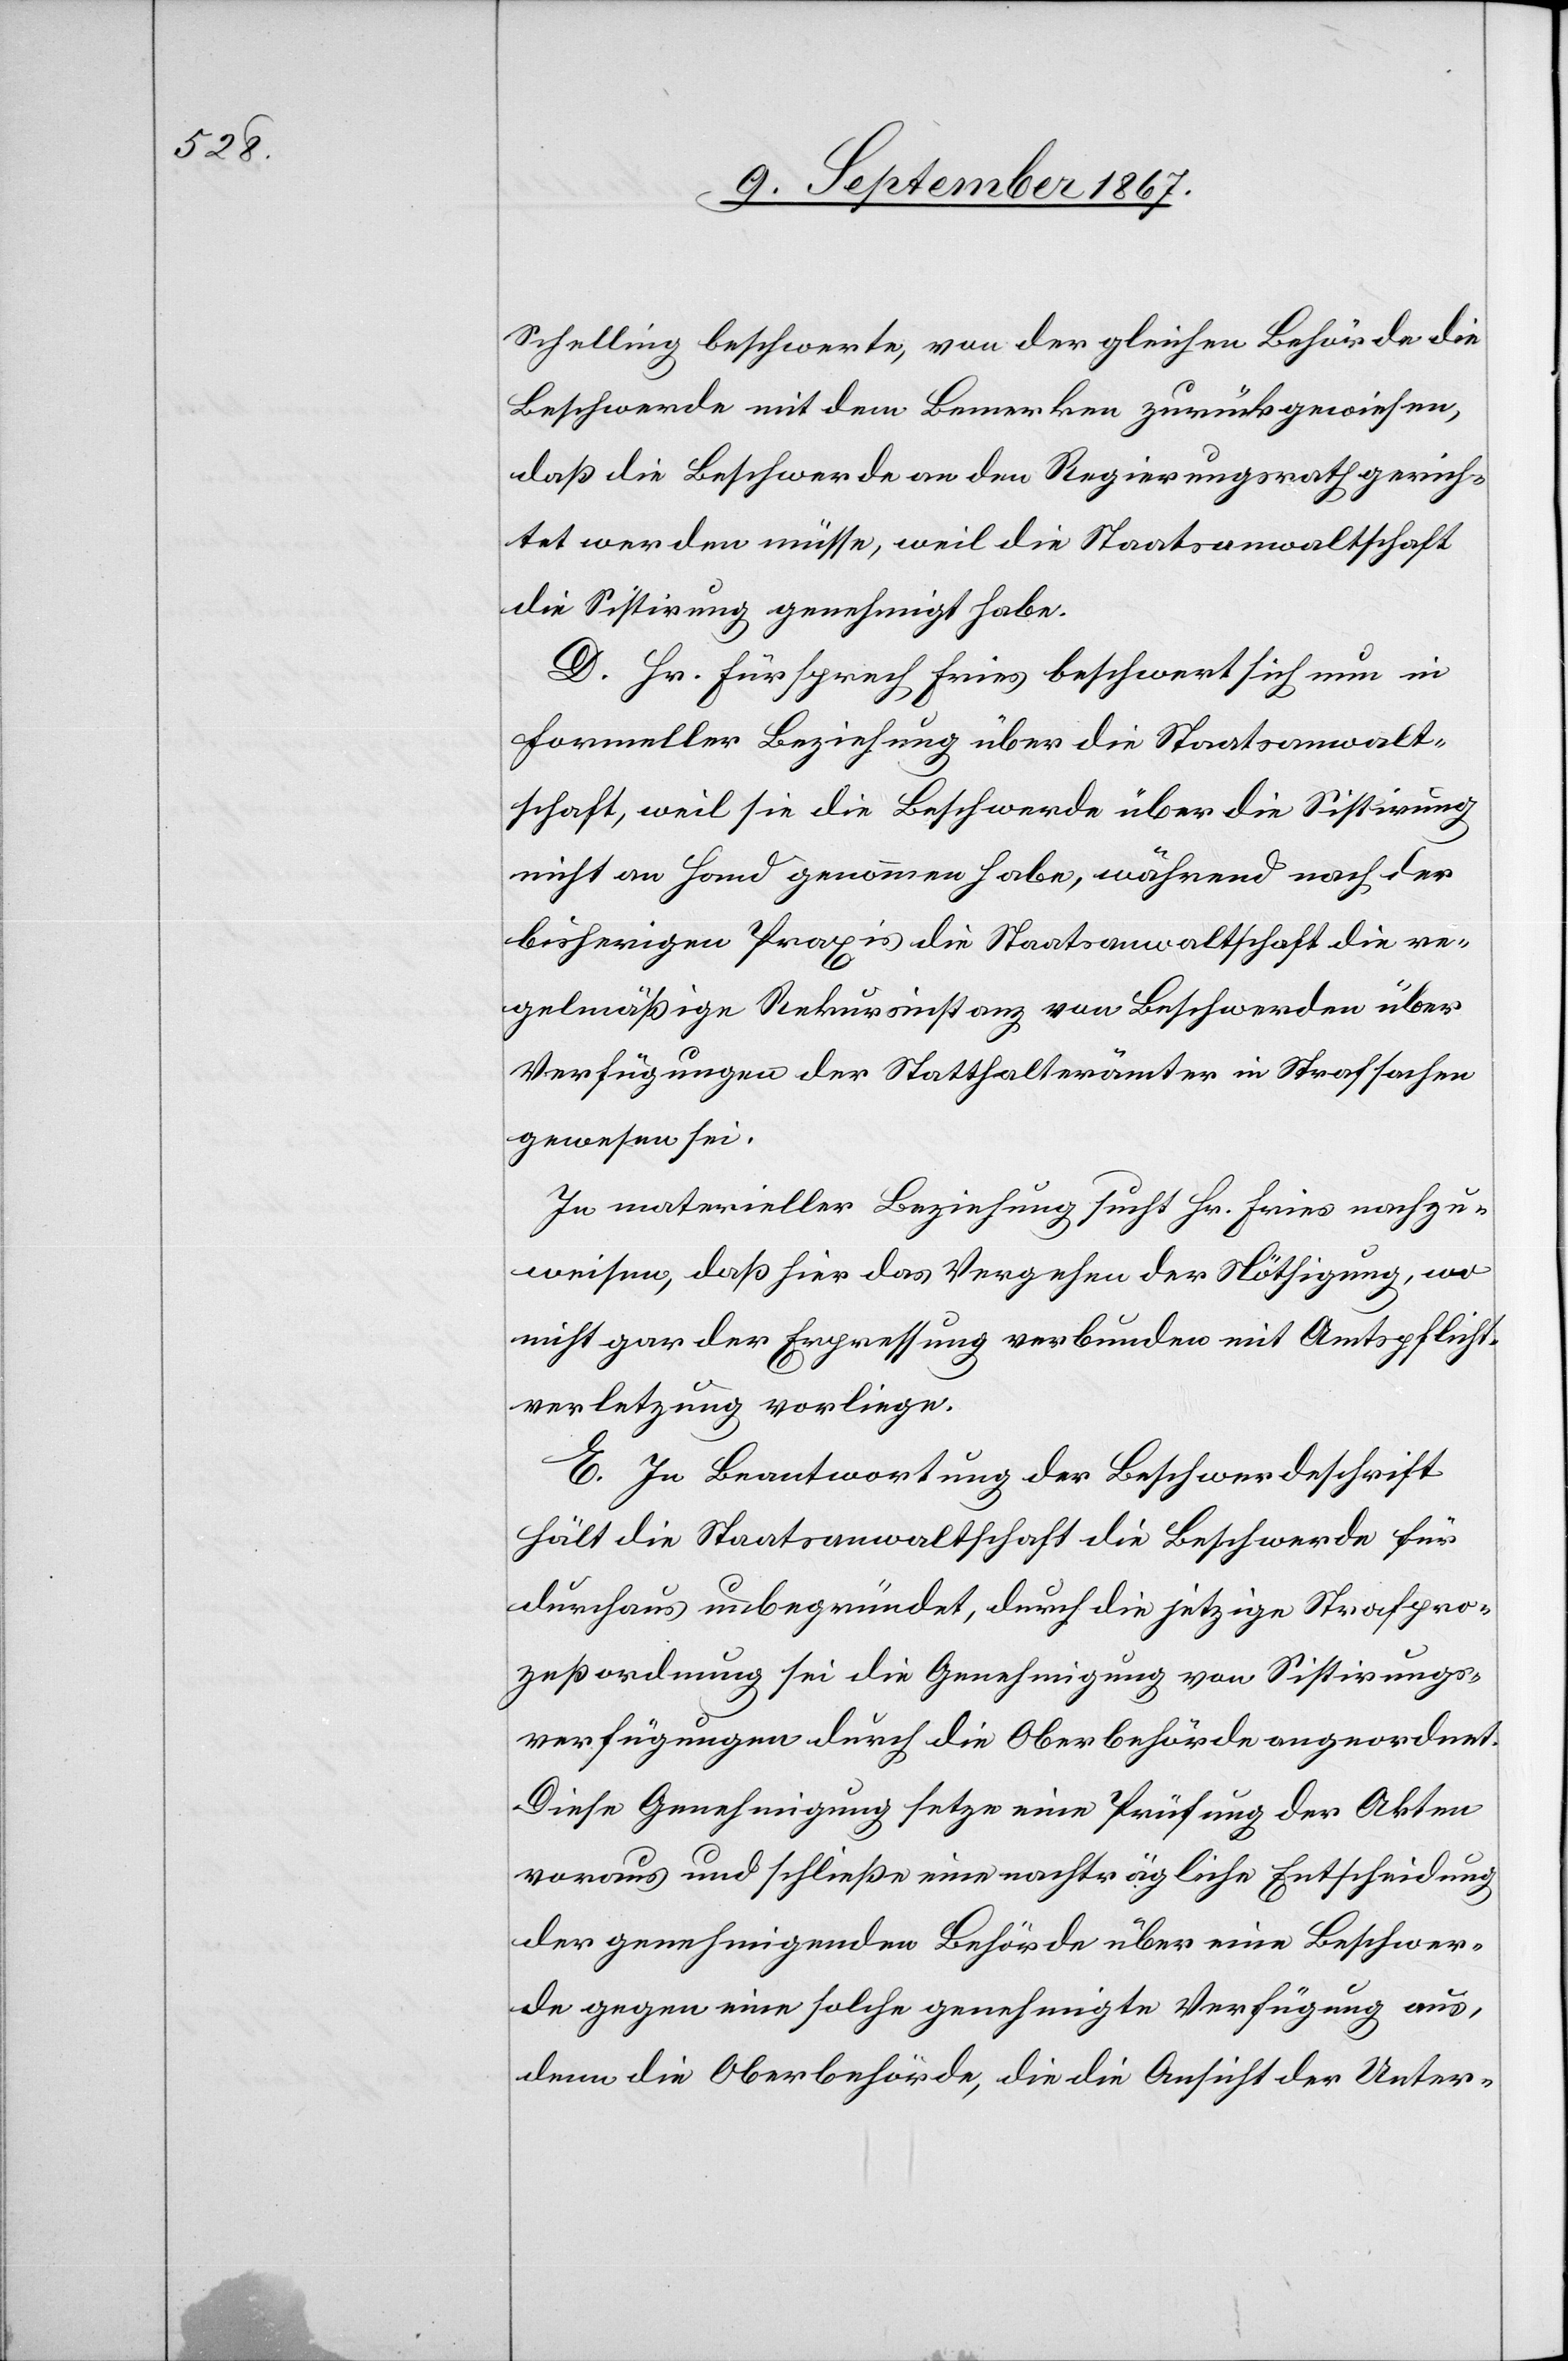
Schelling beschwerte, von der gleichen Behörde die
Beschwerde mit dem Bemerken zurückgewiesen,
daß die Beschwerde an den Regierungsrath gerich¬
tet werden müsse, weil die Staatsanwaltschaft
die Sistirung genehmigt habe.
D. Hr. Fürsprech Fries beschwert sich nun in
formeller Beziehung über die Staatsanwalt¬
schaft, weil sie die Beschwerde über die Sistirung
nicht an Hand genommen habe, während nach der
bisherigen Praxis die Staatsanwaltschaft die re¬
gelmäßige Rekursinstanz von Beschwerden über
Verfügungen der Statthalterämter in Strafsachen
gewesen sei.
In materieller Beziehung sucht Hr. Fries nachzu¬
weisen, daß hier das Vergehen der Nöthigung, wo
nicht gar der Erpressung verbunden mit Amtspflicht¬
verletzung vorliege.
E. In Beantwortung der Beschwerdeschrift
hält die Staatsanwaltschaft die Beschwerde für
durchaus unbegründet, durch die jetzige Strafpro¬
zeßordnung sei die Genehmigung von Sistirungs¬
verfügungen durch die Oberbehörde angeordnet.
Diese Genehmigung setze eine Prüfung der Akten
voraus und schließe eine nachträgliche Entscheidung
der genehmigenden Behörde über eine Beschwer¬
de gegen eine solche genehmigte Verfügung aus,
denn die Oberbehörde, die die Ansicht der Unter-